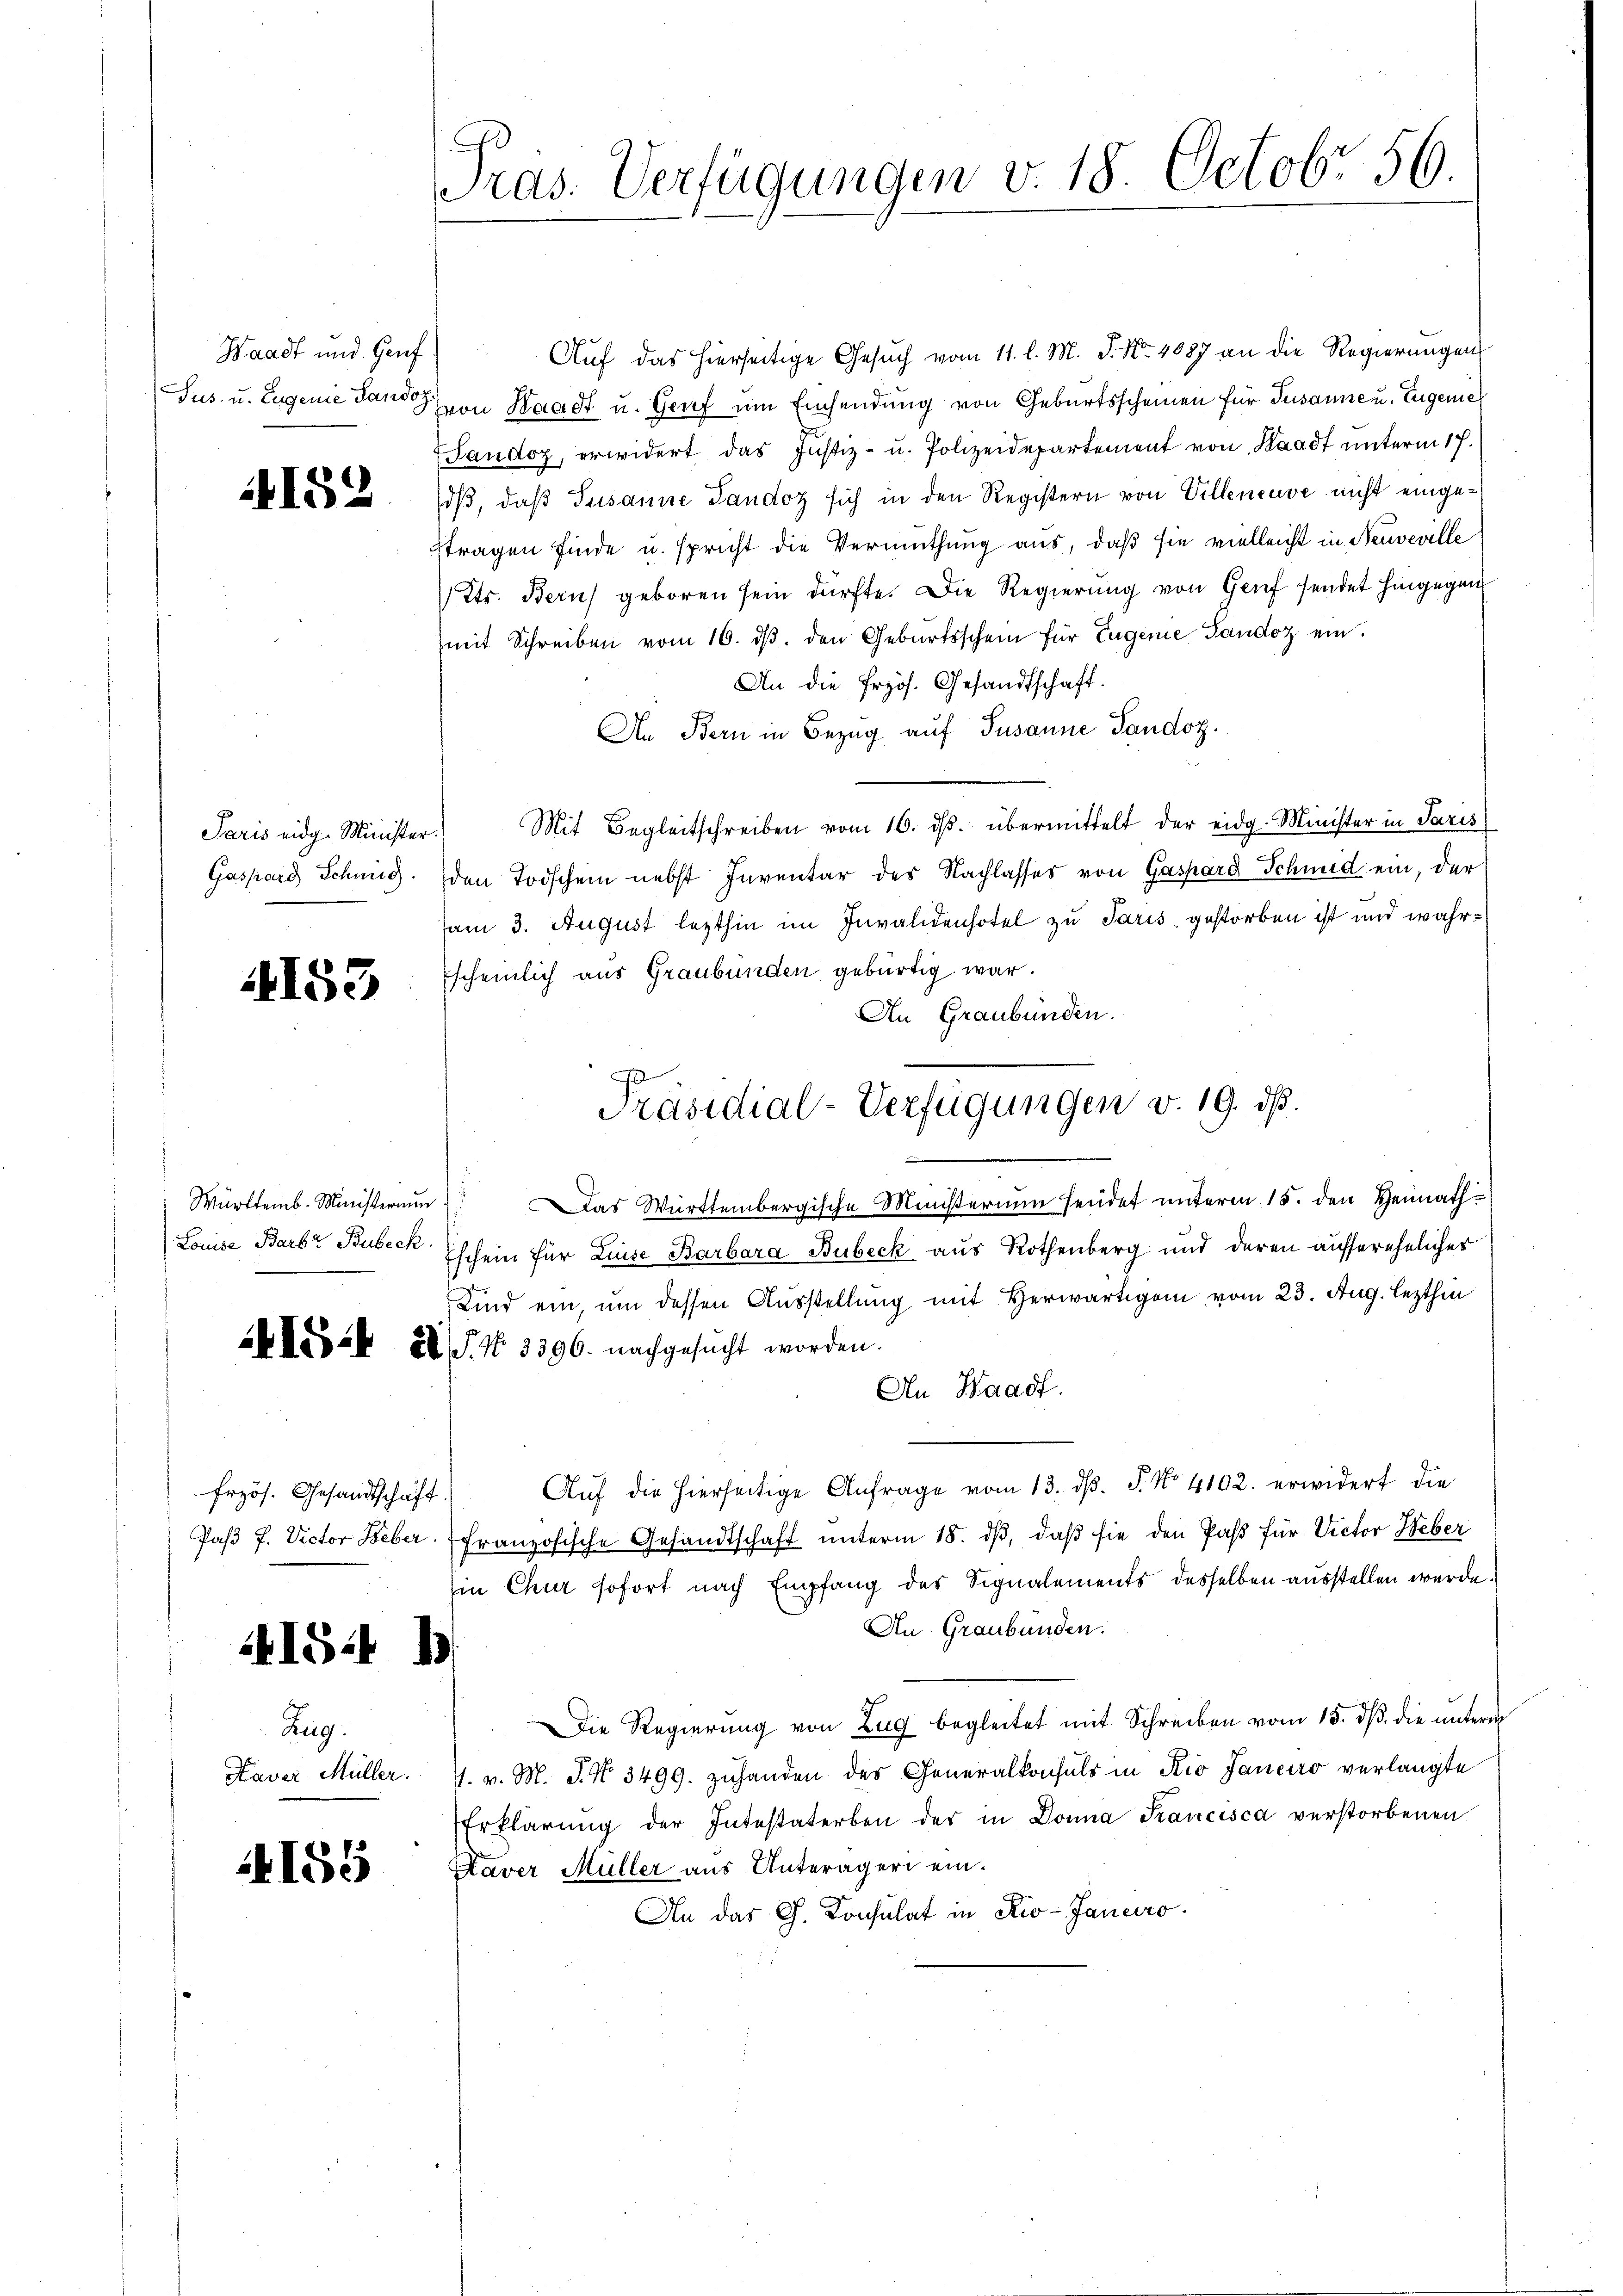
Waadt und Genf
Jus- u. Eugenie Landoz.

152

Paris eidg. Minister
Gassard Schwieg.

4153

Württemb. Ministerium
Louise Barbz Bubeck.

Frzös. Gesandtschäft.

415 f 1

Zug.

155

Pras. Verfügungen v. 18. Octobr 56.

Aŭf das hierseitige Gesŭch vom 11. l. M. P. Nr. 4087 an die Regierŭngen
von Waadt u. Genf um Einsendung von Geburtsscheinen für Susanne u. Eugenie¬
Landoz, erwidert, das Justiz- u. Polizeidepartement von Stadt unterm 17.
dß, daß Susanne Tandoz sich in den Registern von Villeneuve nicht eingestragen finde u. spricht die Vermuthung aus, daß sie vielleicht in Neuveville
Kts. Bern geboren sein dürfte. Die Regierung von Genf sendet hingegen
(mit Schreiben vom 16. ds. den Geburtsschein für Eugenie Tandoz ein¬
An die frzös. Gesandtschaft.
An Bern in Bezug auf Susanne Tandoz.
Mit Begleitschreiben vom 16. dβ. übermittelt der eidg. Minister in Paris
den Todschein nebst Inventar des Nachlasses von Gaspard Schmid ein, der
am 3. August lezthin im Invalidenhotel zu Paris, gestorben ist und wahrscheinlich aus Graubünden gebürtig war.
An Graubünden.
Das Württembergische Ministerium sendet unterm 15. den Heimath¬
Eschein für Linse Barbara Bubeck aus Rothenberg und deren ausserehelicher
Kind ein, um dessen Ausstellung mit Herwärtigen vom 23. Aug. lezthin
Lik 24 J. N. 3396. nachgesucht worden.
An Baadf.
Aŭf die hierseitige Anfrage vom 13. dβ. P. No. 4102. erwidert die
Paβ J. Victor Beber. (Französische Gesandtschaft unterm 18. dβ, daß sie den Pass für Victor Heber
Ein Chur sofort nach Empfang des Signalements desselben ausstellen wurde.
An Graubünden.
Die Regierung von Zug begleitet mit Schreiben vom 15. dβ. die unterm
Haver Müller. J. v. M. J. N. 3499. zŭ handen des Generalkonsuls in Rio Janeiro verlangte
Erklärŭng der Intestaterben der in Donna Francisca verstorbenen
Kaver Müller aus Unterägeri ein.
An das G. Konsulat in Rio-Janeiro

Präsidial-Verfügungen v. 19. ds.